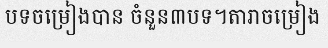
បទចម្រៀងបាន ចំនួន៣បទ។តារាចម្រៀង